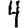
Digit: 4